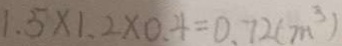
1 . 5 \times 1 . 2 \times 0 . 4 = 0 . 7 2 ( m ^ { 3 } )